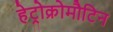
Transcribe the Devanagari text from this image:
हेट्रोक्रोमौटिन